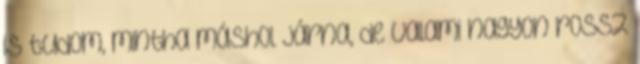
is tudom, mintha máshol járna, de valami nagyon rossz